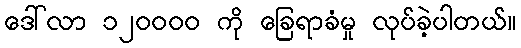
ဒေါ်လာ ၁၂၀၀၀၀ ကို ခြေရာခံမှု လုပ်ခဲ့ပါတယ်။